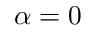
\alpha = 0